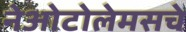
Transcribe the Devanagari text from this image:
नेओटोलेमसचे